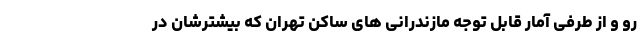
رو و از طرفی آمار قابل توجه مازندرانی های ساکن تهران که بیشترشان در